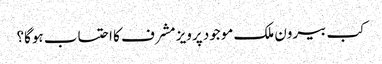
کب بیرون ملک موجود پرویز مشرف کا احتساب ہوگا؟